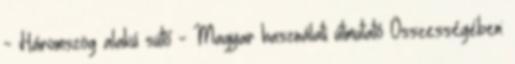
- Háromszög alakú sütő - Magyar használati útmutató Összességében: